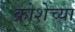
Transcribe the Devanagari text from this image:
क्रोशेच्या